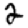
Digit: 2